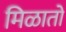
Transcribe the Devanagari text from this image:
मिळातो